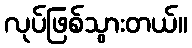
လုပ်ဖြစ်သွားတယ်။